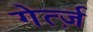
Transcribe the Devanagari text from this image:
गेर्त्ज़